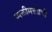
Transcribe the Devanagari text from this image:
व्यक्तीमत्त्वाची